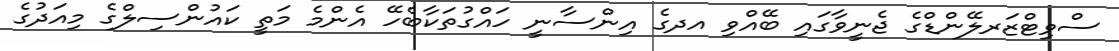
ސްވިޓްޒަރލޭންޑްގެ ޖެނީވާގައި ބޭއްވި އދގެ އިންސާނީ ހައްގުތަކާބެހޭ އެންމެ މަތީ ކައުންސިލްގެ މިއަދުގެ